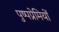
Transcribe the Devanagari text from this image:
पुष्पप्रेमियों